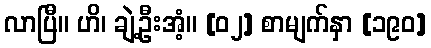
လာပြီ။ ဟိ၊ ချဲ့ဦးအံ့။ [၀၂] စာမျက်နှာ [၁၉၀]